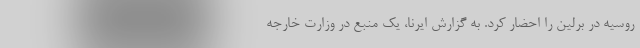
روسیه در برلین را احضار کرد. به گزارش ایرنا، یک منبع در وزارت خارجه